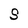
Character: S